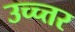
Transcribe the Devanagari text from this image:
उच्च्त्तर